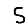
Digit: 5